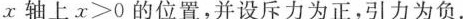
x轴上$$x>0$$的位置，并设斥力为正，引力为负。